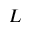
L